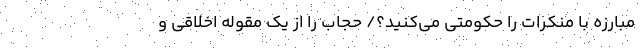
مبارزه با منکرات را حکومتی می‌کنید؟/ حجاب را از یک مقوله اخلاقی و